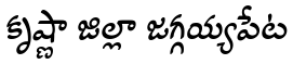
కృష్ణా జిల్లా జగ్గయ్యపేట